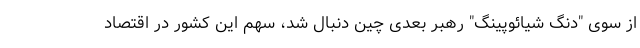
از سوی "دنگ شیائوپینگ" رهبر بعدی چین دنبال شد، سهم این کشور در اقتصاد